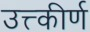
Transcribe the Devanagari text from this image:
उत्त्कीर्ण